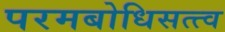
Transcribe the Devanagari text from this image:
परमबोधिसत्त्व